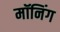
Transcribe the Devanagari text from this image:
मॉनिंग